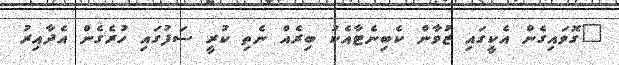
"ގޮވައިގެން އެކީގައި ޒުވާން ކެބިނެޓާއެކު ބިރެއް ނެތި ކުރީ ސަފުގައި ހުރެގެން އެދާއިރު